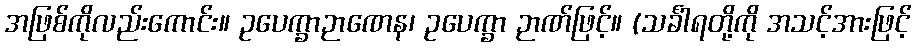
အဖြစ်ကိုလည်းကောင်း။ ဥပေက္ခာဉာဏေန၊ ဥပေက္ခာ ဉာဏ်ဖြင့်။ (သင်္ခါရတို့ကို အသင့်အားဖြင့်